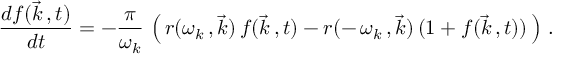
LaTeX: \frac { d f ( \vec { k } \, , t ) } { d t } = - \frac { \pi } { \omega _ { k } } \, \left( \, r ( \omega _ { k } \, , \vec { k } ) \, f ( \vec { k } \, , t ) - r ( - \, \omega _ { k } \, , \vec { k } ) \, ( 1 + f ( \vec { k } \, , t ) ) \, \right) \, .